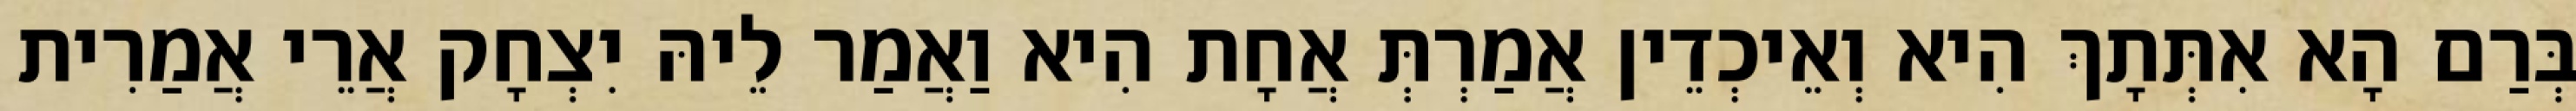
בְּרַם הָא אִתְּתָךְ הִיא וְאֵיכְדֵין אֲמַרְתְּ אֲחָת הִיא וַאֲמַר לֵיהּ יִצְחָק אֲרֵי אֲמַרִית